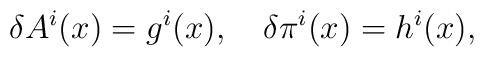
\delta A^i(x) = g^i(x), \ \ \ \delta \pi^i(x) = h^i(x),